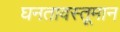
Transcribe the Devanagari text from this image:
घनतावस्तूमान